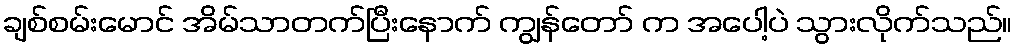
ချစ်စမ်းမောင် အိမ်သာတက်ပြီးနောက် ကျွန်တော် က အပေါ့ပဲ သွားလိုက်သည်။